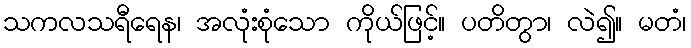
သကလသရီရေန၊ အလုံးစုံသော ကိုယ်ဖြင့်။ ပတိတွာ၊ လဲ၍။ မတံ၊